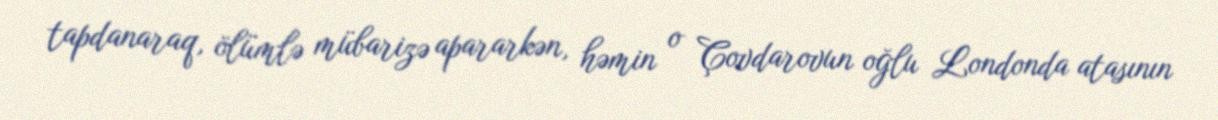
tapdanaraq, ölümlə mübarizə apararkən, həmin o Çovdarovun oğlu Londonda atasının